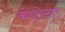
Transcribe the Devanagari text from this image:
कोहरेदार